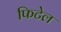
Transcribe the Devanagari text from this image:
फिटेल